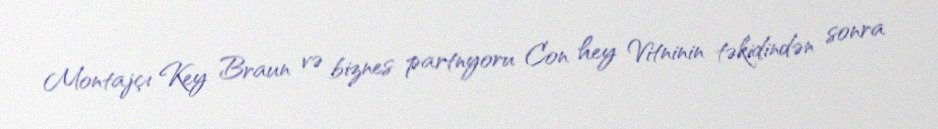
Montajçı Key Braun və biznes partnyoru Con hey Vitninin təkidindən sonra